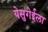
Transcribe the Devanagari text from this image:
येसुगेईला